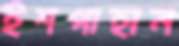
ইশপাহান